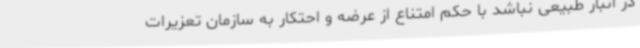
در انبار طبیعی نباشد با حکم امتناع از عرضه و احتکار به سازمان تعزیرات